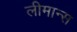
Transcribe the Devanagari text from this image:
लीमान्स